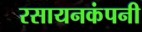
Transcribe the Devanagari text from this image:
रसायनकंपनी